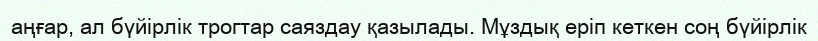
аңғар, ал бүйірлік трогтар саяздау қазылады. Мұздық еріп кеткен соң бүйірлік